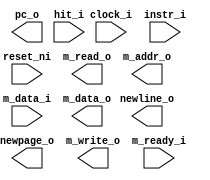
/***************************************************************************
 *                                                                         *
 *   vga_risc.v - A small 18-bit RISC CPU for converting VGA port accesses *
 *     into external register values and vice versa.                       *
 *                                                                         *
 *   Copyright (C) 2007 by Patrick Suggate                                 *
 *   patrick@physics.otago.ac.nz                                           *
 *                                                                         *
 *   This program is free software; you can redistribute it and/or modify  *
 *   it under the terms of the GNU General Public License as published by  *
 *   the Free Software Foundation; either version 2 of the License, or     *
 *   (at your option) any later version.                                   *
 *                                                                         *
 *   This program is distributed in the hope that it will be useful,       *
 *   but WITHOUT ANY WARRANTY; without even the implied warranty of        *
 *   MERCHANTABILITY or FITNESS FOR A PARTICULAR PURPOSE.  See the         *
 *   GNU General Public License for more details.                          *
 *                                                                         *
 *   You should have received a copy of the GNU General Public License     *
 *   along with this program; if not, write to the                         *
 *   Free Software Foundation, Inc.,                                       *
 *   59 Temple Place - Suite 330, Boston, MA  02111-1307, USA.             *
 ***************************************************************************/

/*

Instructions:
	
	1 arg:
		BRA
	
	2 args:
		LOAD, STORE
		NOT
		CMP
	
	3 args:
		AND, OR, XOR
		ADD, ADC, SUB, SBB, MUL
	
*/


`timescale 1ns/100ps
module vga_risc (
	clock_i,
	reset_ni,
	
	pc_o,
	hit_i,
	instr_i,
	
	newline_o,
	newpage_o,
	
	m_read_o,	// External memory. When used as part of FreeGA, this
	m_write_o,	// is a MMIO block.
	m_ready_i,
	m_addr_o,
	m_data_i,
	m_data_o
);

parameter	AW	= 16;
parameter	IW	= 32;
parameter	AMSB	= AW-1;
parameter	IMSB	= IW-1;

parameter	IAMSB	= 8;
parameter	IWORDS	= 512;
parameter	MAMSB	= 3;
parameter	MDMSB	= 10;

input	clock_i;
input	reset_ni;

output	[AMSB:0]	pc_o;
input	hit_i;
input	[IMSB:0]	instr_i;

output	newline_o;
output	newpage_o;

output	m_read_o;
output	m_write_o;
input	m_ready_i;
output	[MAMSB:0]	m_addr_o;
input	[MDMSB:0]	m_data_i;
output	[MDMSB:0]	m_data_o;


endmodule	// vga_risc